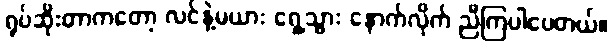
ရုပ်ဆိုးတာကတော့ လင်နဲ့မယား ရှေ့သွား နောက်လိုက် ညီကြပါပေတယ်။